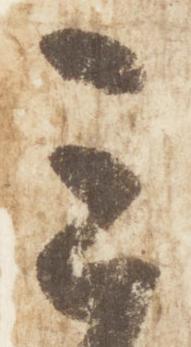
三